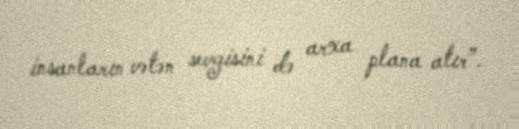
insanların vətən sevgisini də arxa plana atır”.